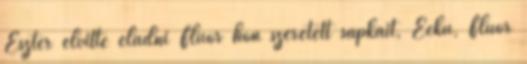
Eszter elvitte eladni Fluor hőn szeretett sapkáit, Eckü, Fluor